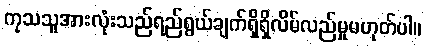
ကုသသူအားလုံးသည်ရည်ရွယ်ချက်ရှိရှိလိမ်လည်မှုမဟုတ်ပါ။